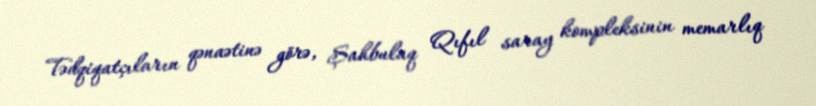
Tədqiqatçıların qənaətinə görə, Şahbulaq Qıfıl saray kompleksinin memarlıq